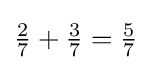
{\tfrac {2}{7}}+{\tfrac {3}{7}}={\tfrac {5}{7}}